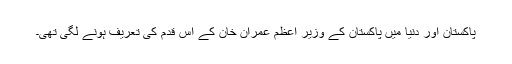
پاکستان اور دنیا میں پاکستان کے وزیر اعظم عمران خان کے اس قدم کی تعریف ہونے لگی تھی۔